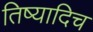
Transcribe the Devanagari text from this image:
तिष्यादिच